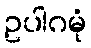
ဥပါဂမုံ